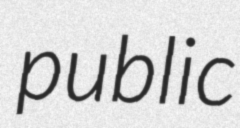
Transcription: public